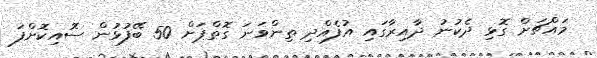
މައްޗަށް ގޮޅި ދެކުނު ދާއިރާގައި އުފެއްދި ތިންވަނަ ގޮތްޕަށް 50 ބޭފުޅުން ސޮއިކޮށްފަ